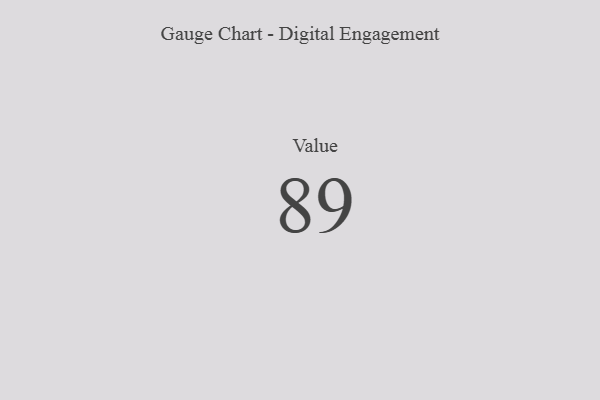
{"axis": {"x": "Metric", "y": "Value"}, "legend": [""], "data": [{"x": "Value", "y": 89, "type": ""}]}